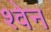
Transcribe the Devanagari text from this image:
श्वेन